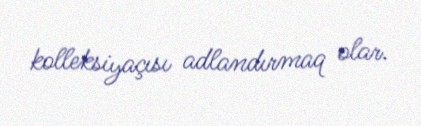
kolleksiyaçısı adlandırmaq olar.